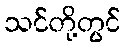
သင်တို့တွင်